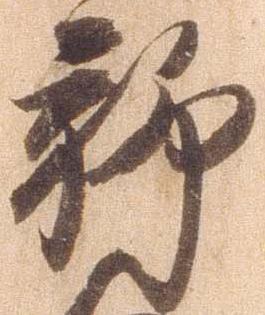
聊